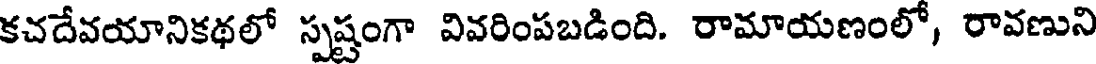
కచదేవయానికథలో స్పష్టంగా వివరింపబడింది. రామాయణంలో, రావణుని